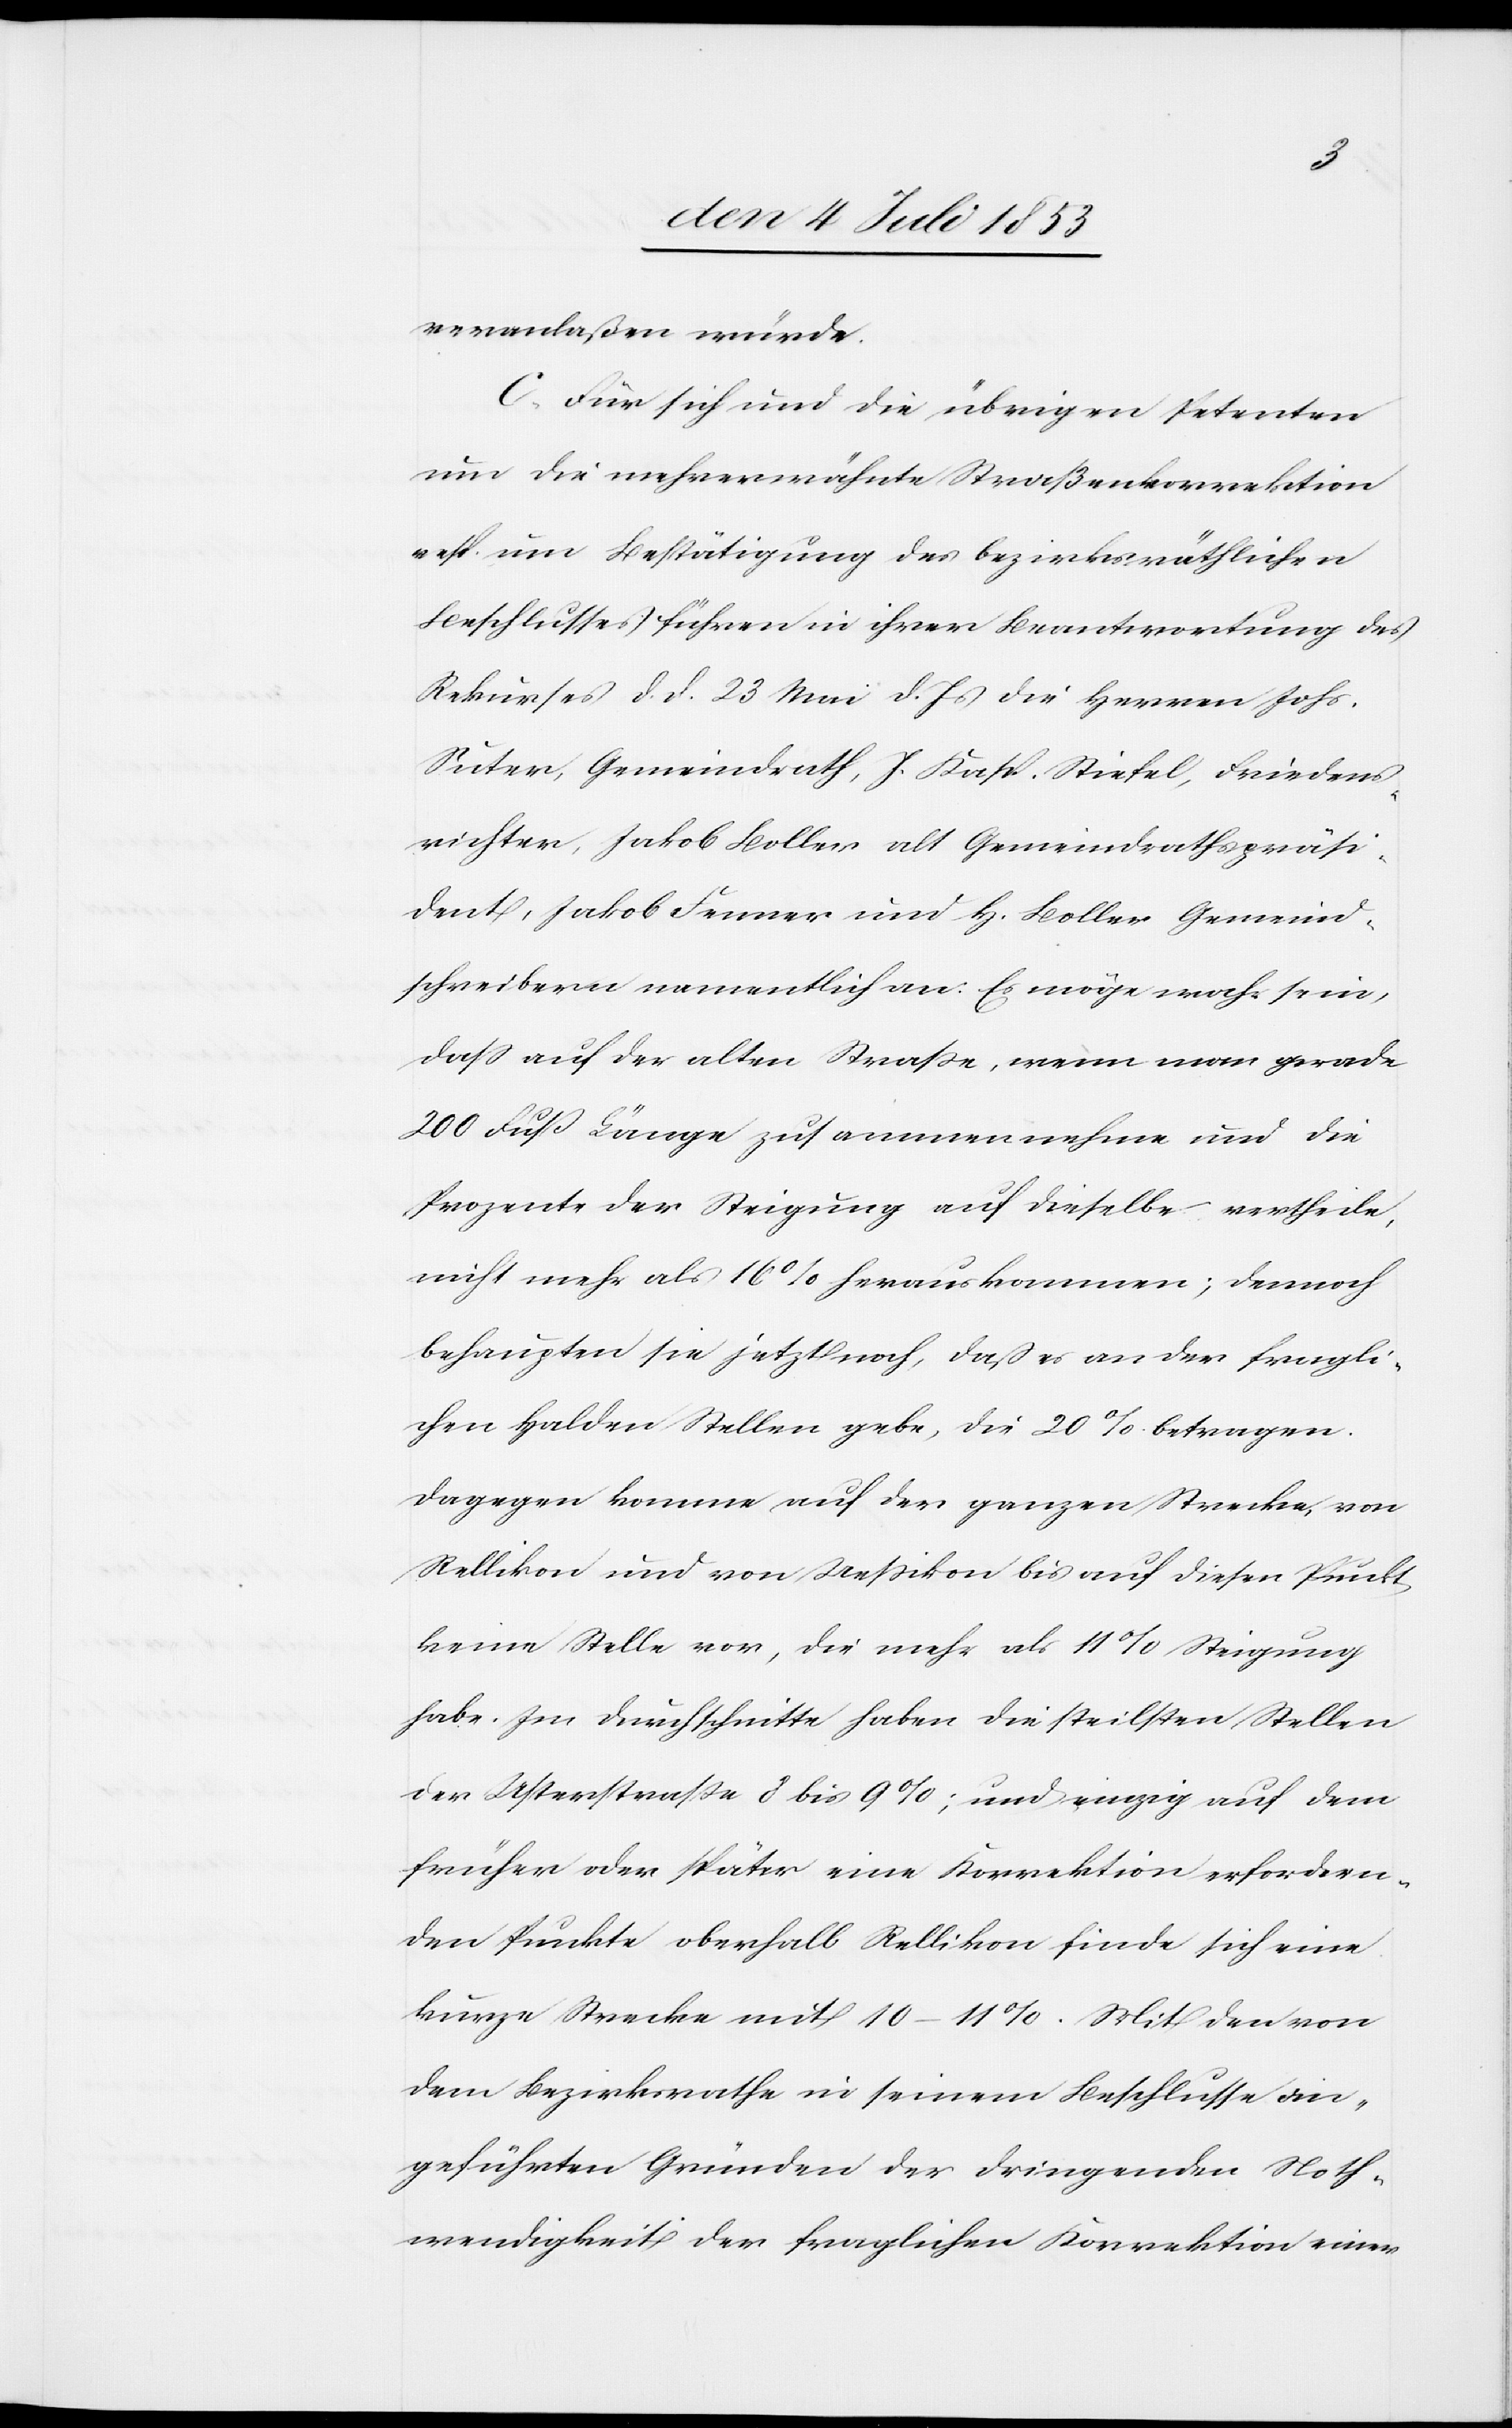
veranlaßen würde.
C. Für sich und die übrigen Petenten
um die mehrerwähnte Straßenkorrektion
resp. um Bestätigung des bezirksräthlichen
Beschlusses führen in ihrer Beantwortung des
Rekurses d. d. 23 Mai d. Js. die Herren Johs.
Suter, Gemeindrath, J. Kasp. Stiefel, Friedens¬
richter, Jakob Koller alt Gemeindrathspräsi¬
dent, Jakob Ferner und H. Koller Gemeind¬
schreibern namentlich an: Es möge wahr sein,
daß auf der alten Straße, wenn man gerade
200 Fuß Länge zusammen nehme und die
Prozente der Steigung auf dieselbe vertheile,
nicht mehr als 16% herauskommen; dennoch
behaupten sie jetzt noch, daß es an den fragli¬
chen Halden Stellen gebe, die 20% betragen.
Dagegen komme auf der ganzen Strecke, von
Rellikon und von Ueßikon bis auf diesen Punkt
keine Stelle vor, die mehr als 11% Steigung
habe. Im Durchschnitte haben die steilsten Stellen
der Usterstraße 8 bis 9%; und einzig auf dem
früher oder später eine Korrektion erfordern¬
den Punkte oberhalb Rellikon finde sich eine
kurze Strecke mit 10–11%. Mit den von
dem Bezirksrathe in seinem Beschluße ein¬
geführten Gründen der dringenden Noth¬
wendigkeit der fraglichen Korrektion einer